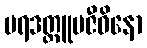
ပရဒတ္တူပဇီဝိနော